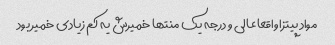
مواد پیتزا واقعا عالی و درجه یک منتها خمیرش یه کم زیادی خمیر بود